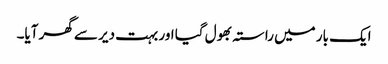
ایک بار میں راستہ بھول گیا اور بہت دیر سے گھر آیا۔